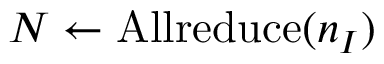
N \leftarrow \mathrm { A l l r e d u c e } ( n _ { I } )